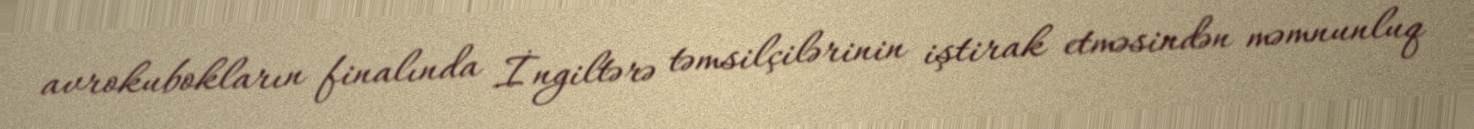
avrokubokların finalında İngiltərə təmsilçilərinin iştirak etməsindən məmnunluq